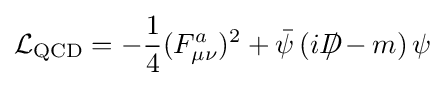
{\mathcal {L}}_{\mathrm {QCD} }=-{\frac {1}{4}}(F_{\mu \nu }^{a})^{2}+{\bar {\psi }}\left(iD\!\!\!\!/-m\right)\psi